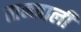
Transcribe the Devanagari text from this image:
तानवाली